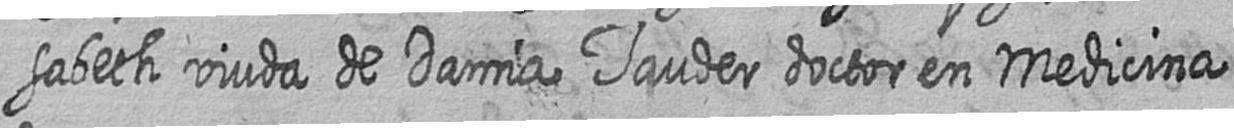
sabeth viuda de Damia Tauder doctor en Medicina